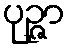
ပုဉ္ဇာ